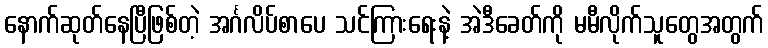
နောက်ဆုတ်နေပြီဖြစ်တဲ့ အင်္ဂလိပ်စာပေ သင်ကြားရေးနဲ့ အဲဒီခေတ်ကို မမီလိုက်သူတွေအတွက်